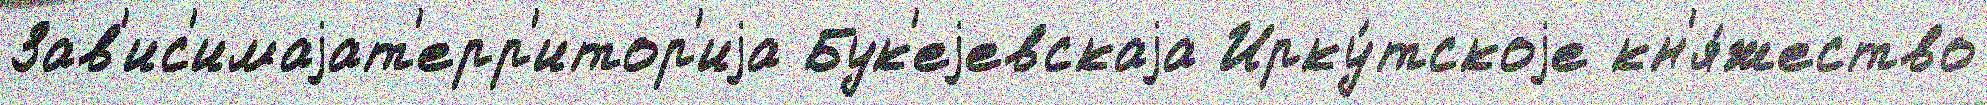
Зав'ис'имаjат'ерр'итор'иjа Бук'еjевскаjа Ирку́тскоjе кн'я́жество